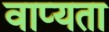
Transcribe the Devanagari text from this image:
वाप्यता